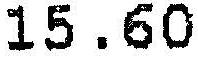
15.60